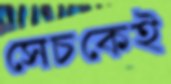
সেচকেই